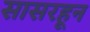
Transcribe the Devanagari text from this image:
सासरहून